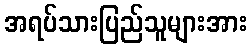
အရပ်သားပြည်သူများအား